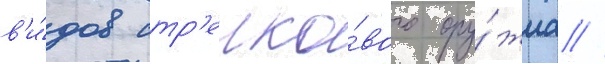
в'и́дов стр'елко́вого ору́жиа //